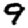
Digit: 9